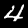
Digit: 4